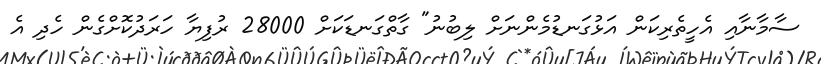
ސާމާނާއި އެހީތެރިކަން އަޅުގަނޑުމެންނަށް ލިބުނު" ގާތްގަނޑަކަށް 28000 ރުފިޔާ ހަރަދުކޮށްގެން ހެދި އެ